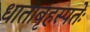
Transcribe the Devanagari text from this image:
धाताबृहस्पतेः